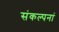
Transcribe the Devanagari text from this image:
संकल्पनां